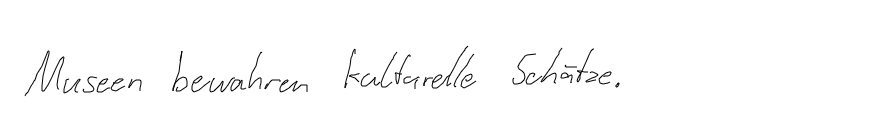
Museen bewahren kulturelle Schätze.